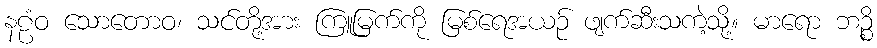
နဠံဝ သောတောဝ၊ သင်တို့အား ကြူမြက်ကို မြစ်ရေအယဉ် ဖျက်ဆီးသကဲ့သို့။ မာရော ဘဉ္စိ